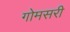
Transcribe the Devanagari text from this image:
गोमसरी